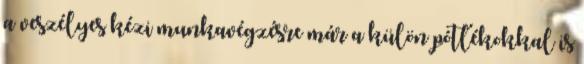
a veszélyes kézi munkavégzésre már a külön pótlékokkal is